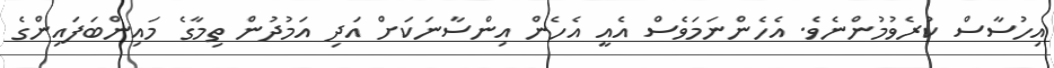
އިހުސާސް ކުރެވުމުންނެވެ. އެހެންނަމަވެސް އެއީ އެހެން އިންސާނަކަށް އަދި އަމުދުން ތިމާގެ މައިންބަފައިންގެ